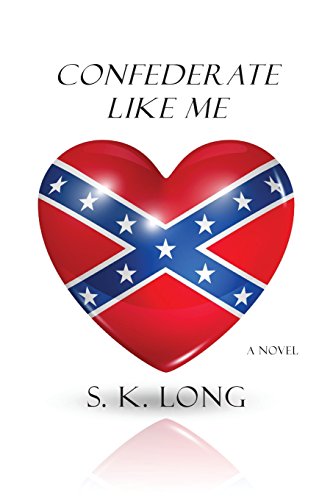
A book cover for Confederate Like Me; S. K. Long; Romance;